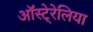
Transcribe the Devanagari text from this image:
ऑस्टे्रेलिया